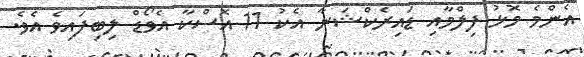
އެންމެ މޮޅު ފިލްމާއި ޑައިރެކްޝަނާ އެކު 11 އޮސްކާ އެވޯޑް ލިބިފައިވެ އެވެ.